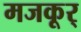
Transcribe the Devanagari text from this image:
मजकूर्